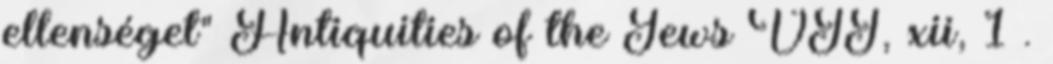
ellenséget" Antiquities of the Jews VII, xii, 1 .